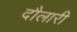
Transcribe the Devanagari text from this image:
दौलारी